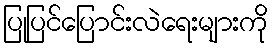
ပြုပြင်ပြောင်းလဲရေးများကို